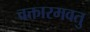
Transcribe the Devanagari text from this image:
वक्तारमवतु